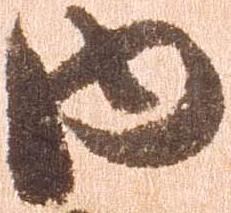
内